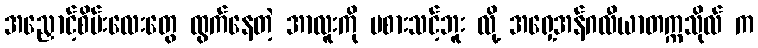
အညှောင့်စိမ်းလေးတွေ ထွက်နေတဲ့ အာလူးကို မစားသင့်ဘူး လို့ အရှေ့အန်ဂလီယာတက္ကသိုလ် က